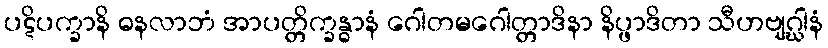
ပဋိပက္ခာနိ ဓနလာဘံ အာပတ္တိက္ခန္ဓာနံ ဂေါတမဂေါတ္တာဒိနာ နိပ္ဖာဒိတာ သီဟဗျဂ္ဃါနံ